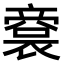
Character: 𠆘